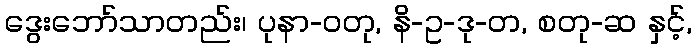
ဒွေးဘော်သာတည်း၊ ပုနာ-ဝတု, နိ-ဥ-ဒု-တ, စတု-ဆ နှင့်,